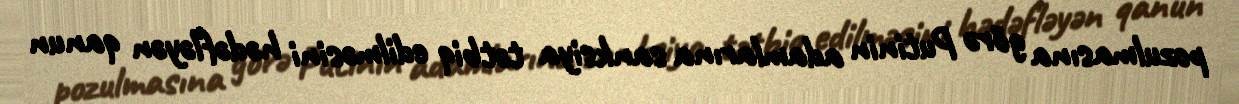
pozulmasına görə Putinin adamlarına sanksiya tətbiq edilməsini hədəfləyən qanun